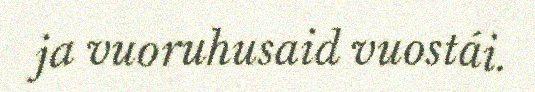
ja vuoruhusaid vuostái.